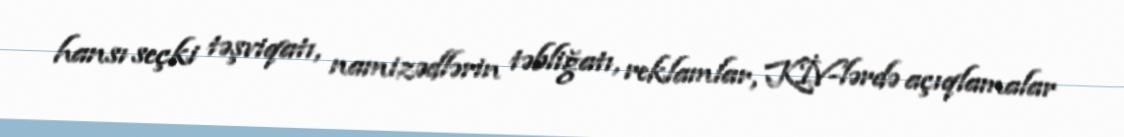
hansı seçki təşviqatı, namizədlərin təbliğatı, reklamlar, KİV-lərdə açıqlamalar